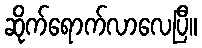
ဆိုက်ရောက်လာလေပြီ။